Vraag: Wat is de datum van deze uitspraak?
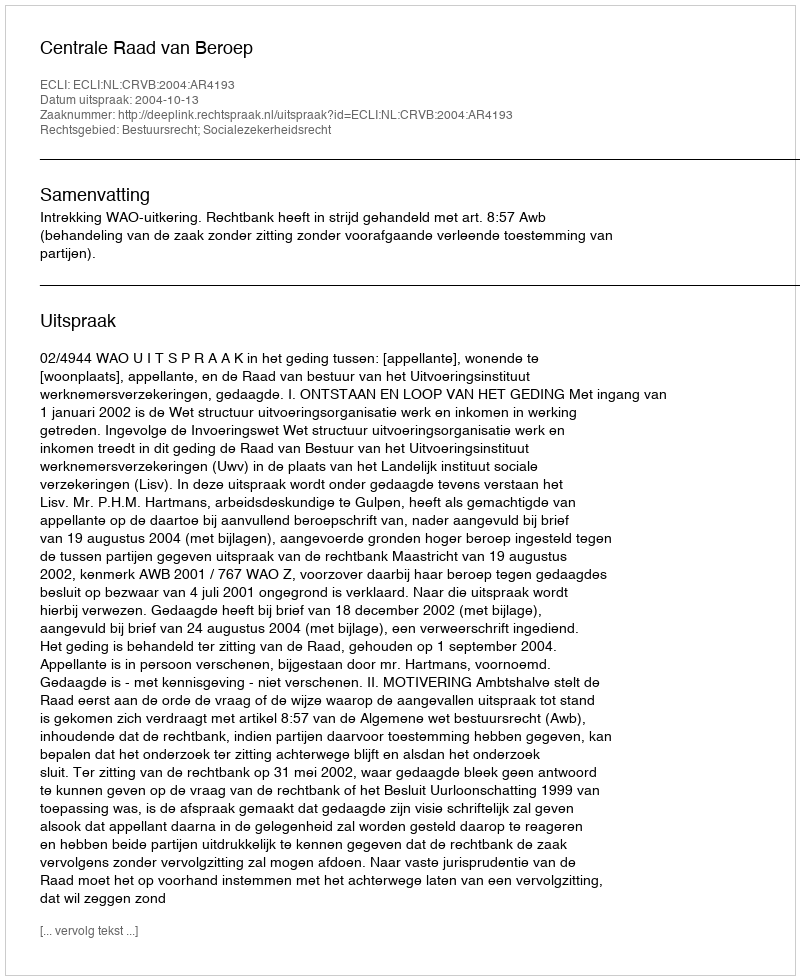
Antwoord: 2004-10-13